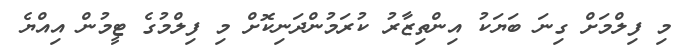
މި ފިލްމަށް ގިނަ ބަޔަކު އިންތިޒާރު ކުރަމުންދަނިކޮށް މި ފިލްމުގެ ޓީމުން އިއްޔެ